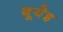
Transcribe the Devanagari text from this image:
बूयेइ